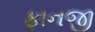
ફાનજી